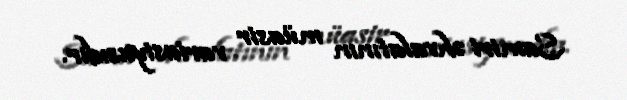
Samiri əhvalatının müasir variasiyasıdır.